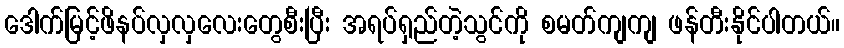
ဒေါက်မြင့်ဖိနပ်လှလှလေးတွေစီးပြီး အရပ်ရှည်တဲ့သွင်ကို စမတ်ကျကျ ဖန်တီးနိုင်ပါတယ်။